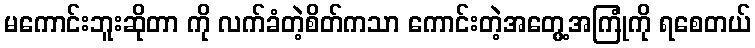
မကောင်းဘူးဆိုတာ ကို လက်ခံတဲ့စိတ်ကသာ ကောင်းတဲ့အတွေ့အကြုံကို ရစေတယ်